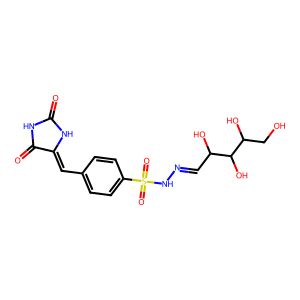
SMILES: O=C1NC(=O)C(=Cc2ccc(S(=O)(=O)NN=CC(O)C(O)C(O)CO)cc2)N1
Inhibits HIV replication: No